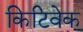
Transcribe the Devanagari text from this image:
किटिवेक